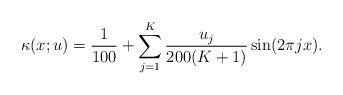
LaTeX: \begin{align*}\kappa(x;u) = \frac{1}{100} + \sum_{j=1}^K \frac{u_j}{200 (K+1)} \sin(2 \pi j x).\end{align*}